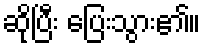
ဆိုပြီး ပြေးသွား၏။